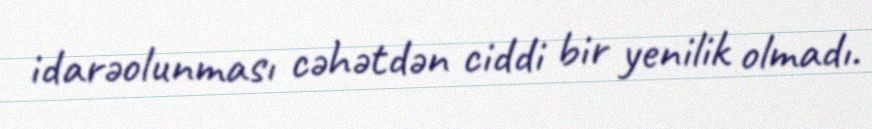
idarəolunması cəhətdən ciddi bir yenilik olmadı.